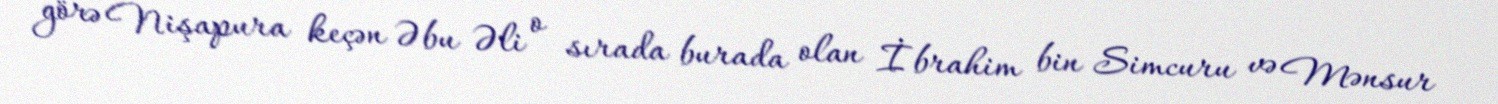
görə Nişapura keçən Əbu Əli o sırada burada olan İbrahim bin Simcuru və Mənsur